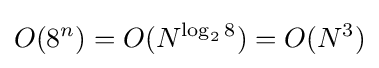
O(8^{n})=O(N^{\log _{2}8})=O(N^{3})